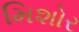
મિશોર